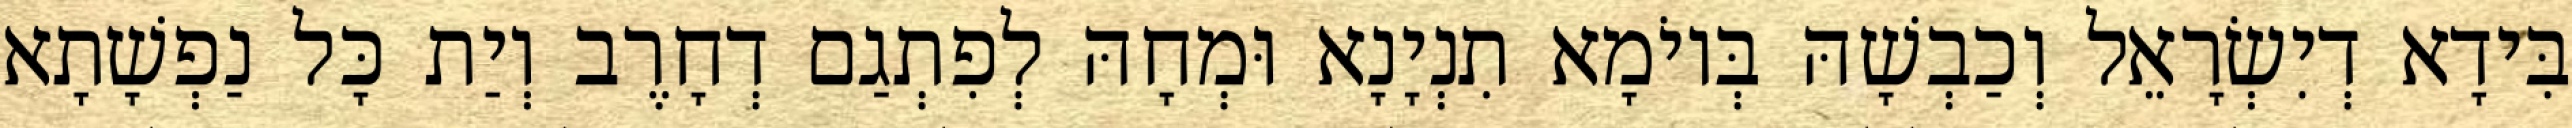
בִּידָא דְיִשְׂרָאֵל וְכַבְשָׁהּ בְּיוֹמָא תִנְיָנָא וּמְחָהּ לְפִתְגַם דְחָרֶב וְיַת כָּל נַפְשָׁתָא